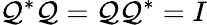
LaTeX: \mathcal{Q}^{*}\mathcal{Q}=\mathcal{Q}\mathcal{Q}^{*}=I